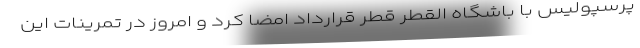
پرسپولیس با باشگاه القطر قطر قرارداد امضا کرد و امروز در تمرینات این